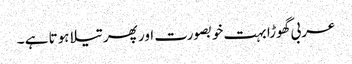
عربی گھوڑا بہت خوبصورت اور پھر تیلا ہوتا ہے ۔